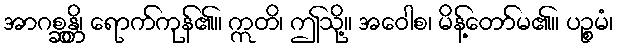
အာဂစ္ဆန္တိ၊ ရောက်ကုန်၏။ ဣတိ၊ ဤသို့။ အဝေါစ၊ မိန့်တော်မ၏။ ပဉ္စမံ၊